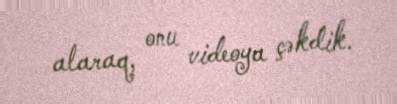
alaraq, onu videoya çəkdik.